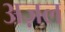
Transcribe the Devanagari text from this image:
अज़ल